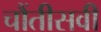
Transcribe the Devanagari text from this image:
चौंतीसवी